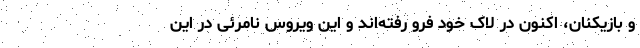
و بازیکنان، اکنون در لاک خود فرو رفته‌اند و این ویروس نامرئی در این